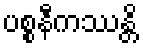
ပစ္စနီကဿန္တိ